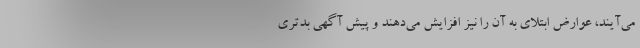
می‌آیند، عوارض ابتلای به آن را نیز افزایش می‌دهند و پیش آگهی بدتری